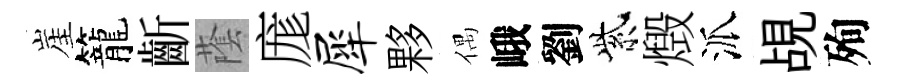
崖籠齗䕃庬犀夥偶峨劉紫燬派覘殉